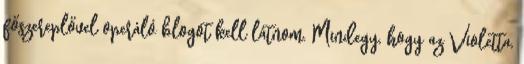
főszereplővel operáló blogot kell látnom. Mindegy, hogy az Violetta,